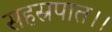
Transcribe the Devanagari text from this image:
सहस्रपात।।